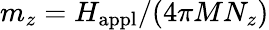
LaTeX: m_{z}=H_{\mathrm{appl}}/(4\pi MN_{z})